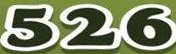
526